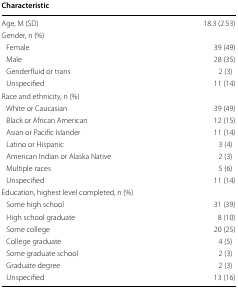
<table><thead><tr><td colspan="2"><b>Characteristic</b></td></tr></thead><tbody><tr><td>Age, M (SD)</td><td>18.3 (2.53)</td></tr><tr><td colspan="2">Gender, n (%)</td></tr><tr><td> Female</td><td>39 (49)</td></tr><tr><td> Male</td><td>28 (35)</td></tr><tr><td> Genderfluid or trans</td><td>2 (3)</td></tr><tr><td> Unspecified</td><td>11 (14)</td></tr><tr><td colspan="2">Race and ethnicity, n (%)</td></tr><tr><td> White or Caucasian</td><td>39 (49)</td></tr><tr><td> Black or African American</td><td>12 (15)</td></tr><tr><td> Asian or Pacific Islander</td><td>11 (14)</td></tr><tr><td> Latino or Hispanic</td><td>3 (4)</td></tr><tr><td> American Indian or Alaska Native</td><td>2 (3)</td></tr><tr><td> Multiple races</td><td>5 (6)</td></tr><tr><td> Unspecified</td><td>11 (14)</td></tr><tr><td colspan="2">Education, highest level completed, n (%)</td></tr><tr><td> Some high school</td><td>31 (39)</td></tr><tr><td> High school graduate</td><td>8 (10)</td></tr><tr><td> Some college</td><td>20 (25)</td></tr><tr><td> College graduate</td><td>4 (5)</td></tr><tr><td> Some graduate school</td><td>2 (3)</td></tr><tr><td> Graduate degree</td><td>2 (3)</td></tr><tr><td> Unspecified</td><td>13 (16)</td></tr></tbody></table>